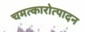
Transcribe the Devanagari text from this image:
चमत्कारोत्पादन